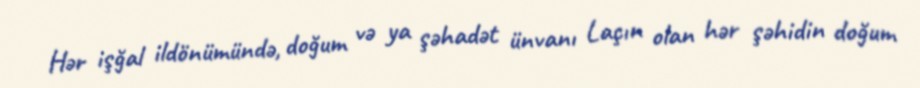
Hər işğal ildönümündə, doğum və ya şəhadət ünvanı Laçın olan hər şəhidin doğum